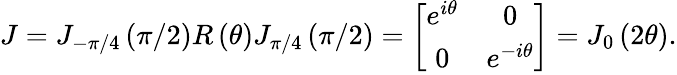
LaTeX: J=J_{-\pi/4}\left(\pi/2\right)R\left(\theta\right)J_{\pi/4}\left(\pi/2\right)=\left[\begin{array}{cc}{e^{i\theta}}&{0}\\ {0}&{e^{-i\theta}}\end{array}\right]=J_{0}\left(2\theta\right).